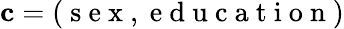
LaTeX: \mathbf{c}=(\mathrm{~s~e~x~,~e~d~u~c~a~t~i~o~n~})